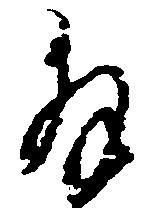
拝